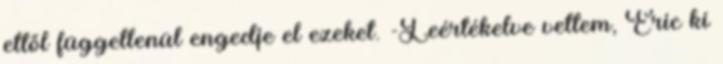
ettől függetlenül engedje el ezeket. -Leértékelve vettem, Eric ki